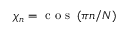
\chi _ { n } = \textrm { c o s } \left( \pi n / N \right)